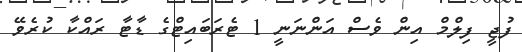
ފުޖީ ފިލްމް އިން ވެސް އަންނަނީ 1 ޓެރަބައިޓްގެ ޑާޓާ ރައްކާ ކުރެވޭ